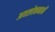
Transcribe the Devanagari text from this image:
अवलोकनानें